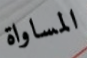
المساواة